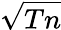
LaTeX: \sqrt{Tn}